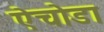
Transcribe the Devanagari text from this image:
ऐचोडा